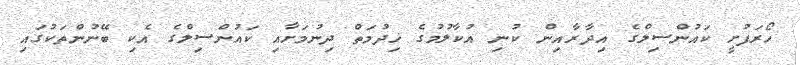
ހޯރަފުށީ ކައުންސިލްގެ އިދާރާއިން ކުނި އުކާލުމުގެ ޚިދުމަތް ދިނުމަށާއި ކައުންސިލްގެ އެކި ބޭނުންތަކުގައި